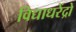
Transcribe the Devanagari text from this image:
विद्याधरेंद्रो